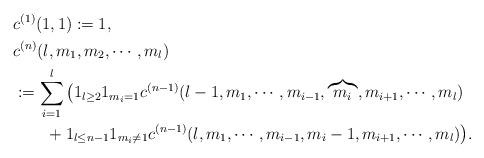
LaTeX: \begin{align*}&c^{(1)}(1,1):=1,\\&c^{(n)}(l,m_1,m_2,\cdots,m_l)\\&:=\sum_{i=1}^l\big(1_{l\ge 2}1_{m_i=1}c^{(n-1)}(l-1,m_1,\cdots,m_{i-1},\overbrace{m_i},m_{i+1},\cdots,m_l)\\&\qquad+1_{l\le n-1}1_{m_i\neq 1}c^{(n-1)}(l,m_1,\cdots,m_{i-1},m_i-1,m_{i+1},\cdots,m_l)\big).\end{align*}